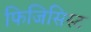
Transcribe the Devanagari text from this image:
फिजिसिस्ट